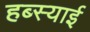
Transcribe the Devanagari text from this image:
हब्स्याई